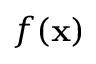
f ( \mathbf { x } )